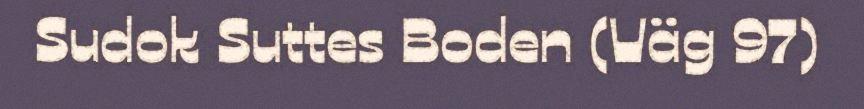
Sudok Suttes Boden (Väg 97)